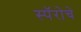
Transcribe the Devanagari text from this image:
स्पॅरोचे